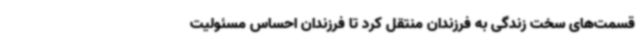
قسمت‌های سخت زندگی به فرزندان منتقل کرد تا فرزندان احساس مسئولیت